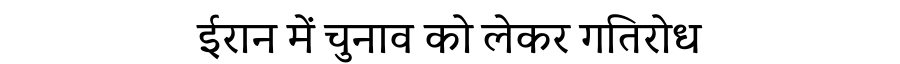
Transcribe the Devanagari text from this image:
ईरान में चुनाव को लेकर गतिरोध